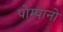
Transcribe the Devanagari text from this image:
पोम्पानो